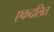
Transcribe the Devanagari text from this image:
एकदलित